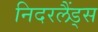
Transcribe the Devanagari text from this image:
निदरलैंड्स